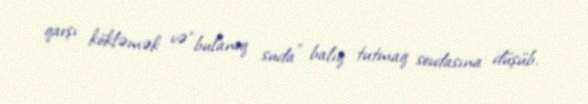
qarşı kökləmək və “bulanıq suda” balıq tutmaq sevdasına düşüb.